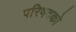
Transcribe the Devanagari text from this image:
परिषदको